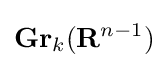
\mathbf {Gr} _{k}(\mathbf {R} ^{n-1})